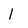
Character: l